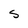
Character: S